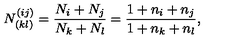
N _ { ( k l ) } ^ { ( i j ) } = { \frac { N _ { i } + N _ { j } } { N _ { k } + N _ { l } } } = { \frac { 1 + n _ { i } + n _ { j } } { 1 + n _ { k } + n _ { l } } } ,